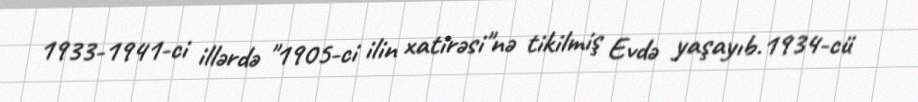
1933-1941-ci illərdə "1905-ci ilin xatirəsi"nə tikilmiş Evdə yaşayıb.1934-cü